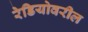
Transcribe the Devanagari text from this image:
रेडियोवरील